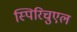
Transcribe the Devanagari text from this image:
स्पिरिचुएल